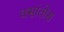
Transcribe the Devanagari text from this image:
क्सांतोस